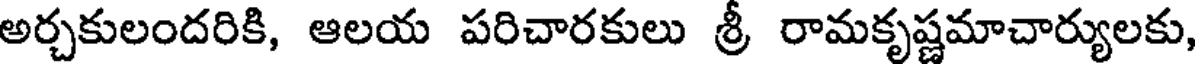
అర్చకులందరికి, ఆలయ పరిచారకులు శ్రీ రామకృష్ణమాచార్యులకు,